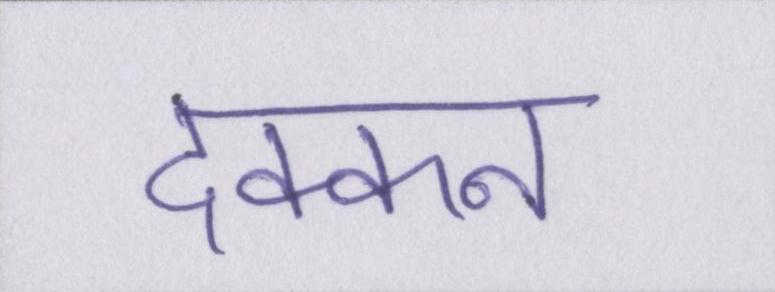
दक्कन